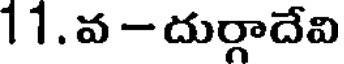
11 . వ - దుర్గాదేవి